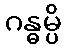
ဂန္ဓမ္ပိ